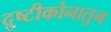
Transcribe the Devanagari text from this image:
द्रुष्टीकोनातुन